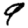
Digit: 9